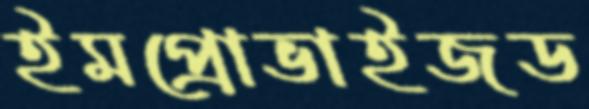
ইমপ্রোভাইজড